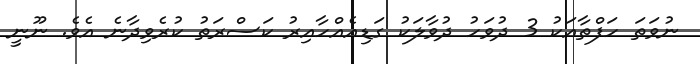
ނުވަތަ ހަފްތާއަކު 3 ދުވަހު ދުވާލަކު ގަޑިއެއްހާއިރު ކަސްރަތު ކުރެވިދާނެ އެވެ. ނޫނީ